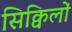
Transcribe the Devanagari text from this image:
सिक्विलों